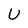
Character: U